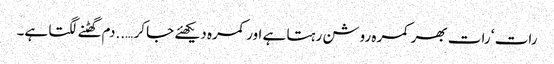
رات ‘ رات بھر کمرہ روشن رہتا ہے اور کمرہ دیکھئے جا کر …..دم گھٹنے لگتا ہے۔